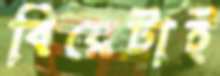
বিয়েটাই